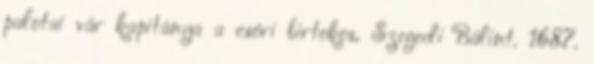
palotai vár kapitánya a csóri birtokos, Szegedi Bálint. 1687.